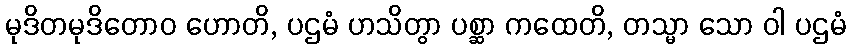
မုဒိတမုဒိတောဝ ဟောတိ, ပဌမံ ဟသိတွာ ပစ္ဆာ ကထေတိ, တသ္မာ သော ဝါ ပဌမံ